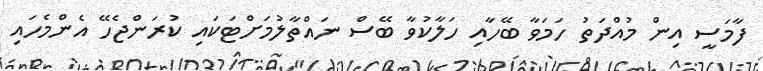
ފާމަސީ އިން މުއްދަތު ހަމަވާ ބޭހާއި ހަލާކުވާ ބޭސް ނައްތާލުމަށްޓަކައި ކުރަންޖެހޭ އެންމެހައި